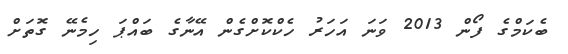
ބެކަމްގެ ފޯން 2013 ވަނަ އަހަރު ހެކްކޮށްގެން އޭނާގެ ބައްޕަ ހިމެނޭ ގޮތަށް